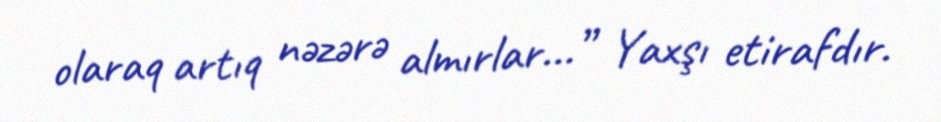
olaraq artıq nəzərə almırlar...” Yaxşı etirafdır.